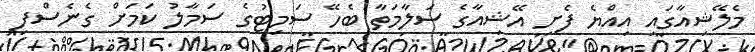
މެލޭޝިއާގައި އިއްޔެ ފެށި އޭޝިއާގެ ސަލާމަތާ ބެހޭ ސަމިޓުގެ ސަމާލު ކަމަށް ގެނެސްފި